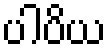
ပါပိယ